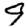
Digit: 9